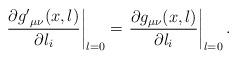
LaTeX: \begin{align*}\left. \frac{\partial {g'}_{\mu\nu} (x,l)}{\partial l_{i}}\right|_{l=0} = \left. \frac{\partial g_{\mu\nu} (x,l)}{\partial l_{i}}\right|_{l=0}.\end{align*}